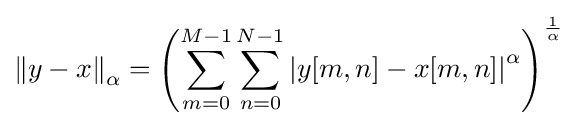
\left\|y-x\right\|_{\alpha }=\left(\sum _{m=0}^{M-1}\sum _{n=0}^{N-1}\left|y[m,n]-x[m,n]\right|^{\alpha }\right)^{\frac {1}{\alpha }}